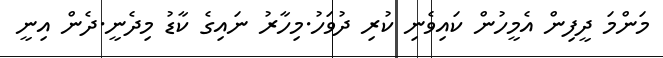
މަންމަ ދީފިން އެމީހުން ކައިވެނި ކުރި ދުވަހު.މިހާރު ނައިގެ ކާޑު މިދެނީ.ދެން އިނީ